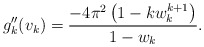
\begin{align*}g_k''(v_k) = \frac{-4\pi^2 \left( 1-kw_k^{k+1}\right)}{1-w_k}.\end{align*}